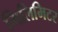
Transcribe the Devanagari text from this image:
मिलिमिटर